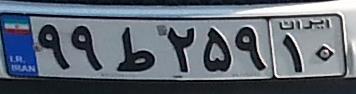
۹۹ط۲۵۹۱۰